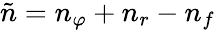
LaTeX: \tilde{n}=n_{\varphi}+n_{r}-n_{f}